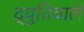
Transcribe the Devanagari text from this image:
द्युतिवाले